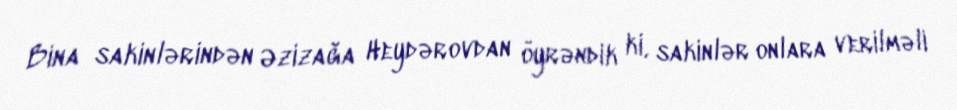
Bina sakinlərindən Əzizağa Heydərovdan öyrəndik ki, sakinlər onlara verilməli